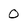
Character: 0